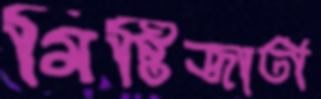
মিষ্টিজাতী